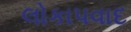
લોકાપવાદ